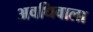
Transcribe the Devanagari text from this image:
अवधिवाला